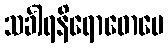
သင်္ခါရနိရောဓောပေ